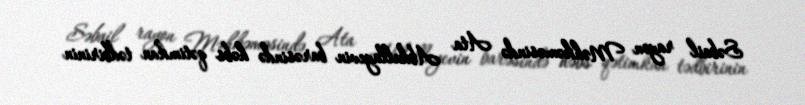
Səbail rayon Məhkəməsində Ata Abdullayevin barəsində həbs qətimkan tədbirinin